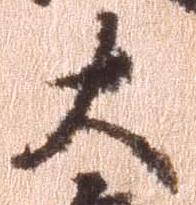
大